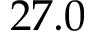
2 7 . 0